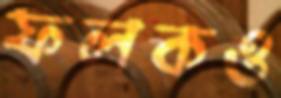
ফলকও